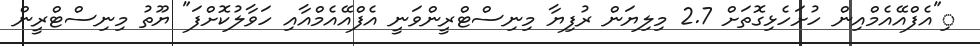
ި"އެފްއޭއެމްއިން ހުށަހެޅިގޮތަށް 2.7 މިލިޔަން ރުފިޔާ މިނިސްޓްރީންވަނީ އެފްއޭއެމްއާއި ހަވާލުކޮށްފަ" ޔޫތު މިނިސްޓްރީން